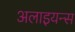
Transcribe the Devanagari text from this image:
अलाइयन्स